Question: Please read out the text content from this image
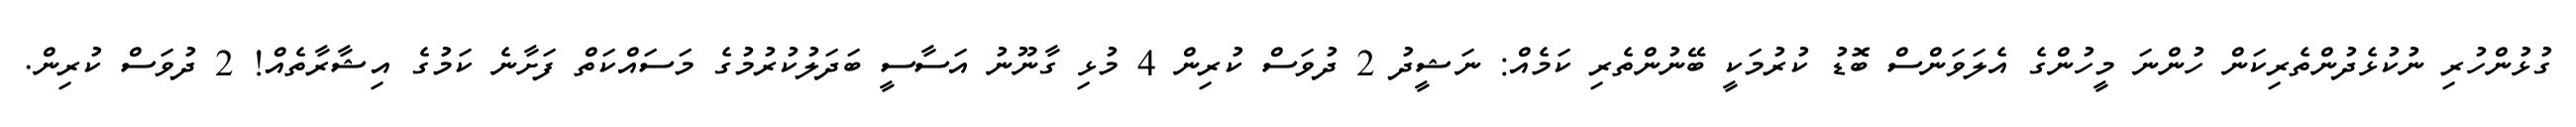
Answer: ގުޅުންހުރި ނުކުޅެދުންތެރިކަން ހުންނަ މީހުންގެ އެލަވަންސް ބޮޑު ކުރުމަކީ ބޭނުންތެރި ކަމެއް: ނަޝީދު 2 ދުވަސް ކުރިން 4 މުޅި ގާނޫނު އަސާސީ ބަދަލުކުރުމުގެ މަސައްކަތް ފަށާނެ ކަމުގެ އިޝާރާތެއް! 2 ދުވަސް ކުރިން.